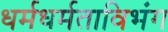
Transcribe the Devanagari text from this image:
धर्मधर्मताविभंग